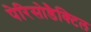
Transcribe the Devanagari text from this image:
पेरिसोडैक्टिल